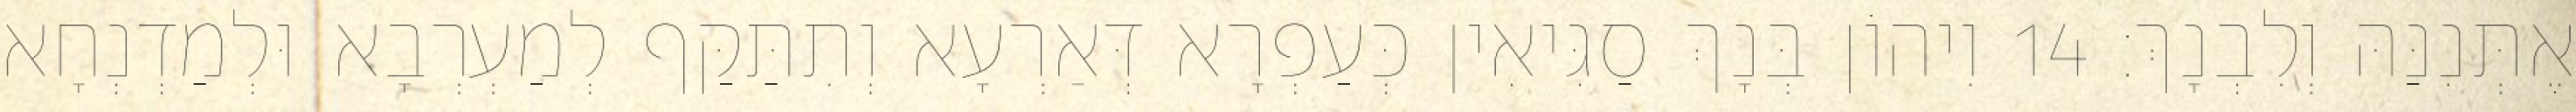
אֶתְּנִנַּהּ וְלִבְנָךְ׃ 14 וִיהוֹן בְּנָךְ סַגִּיאִין כְּעַפְרָא דְּאַרְעָא וְתִתַּקַּף לְמַעְרְבָא וּלְמַדְנְחָא